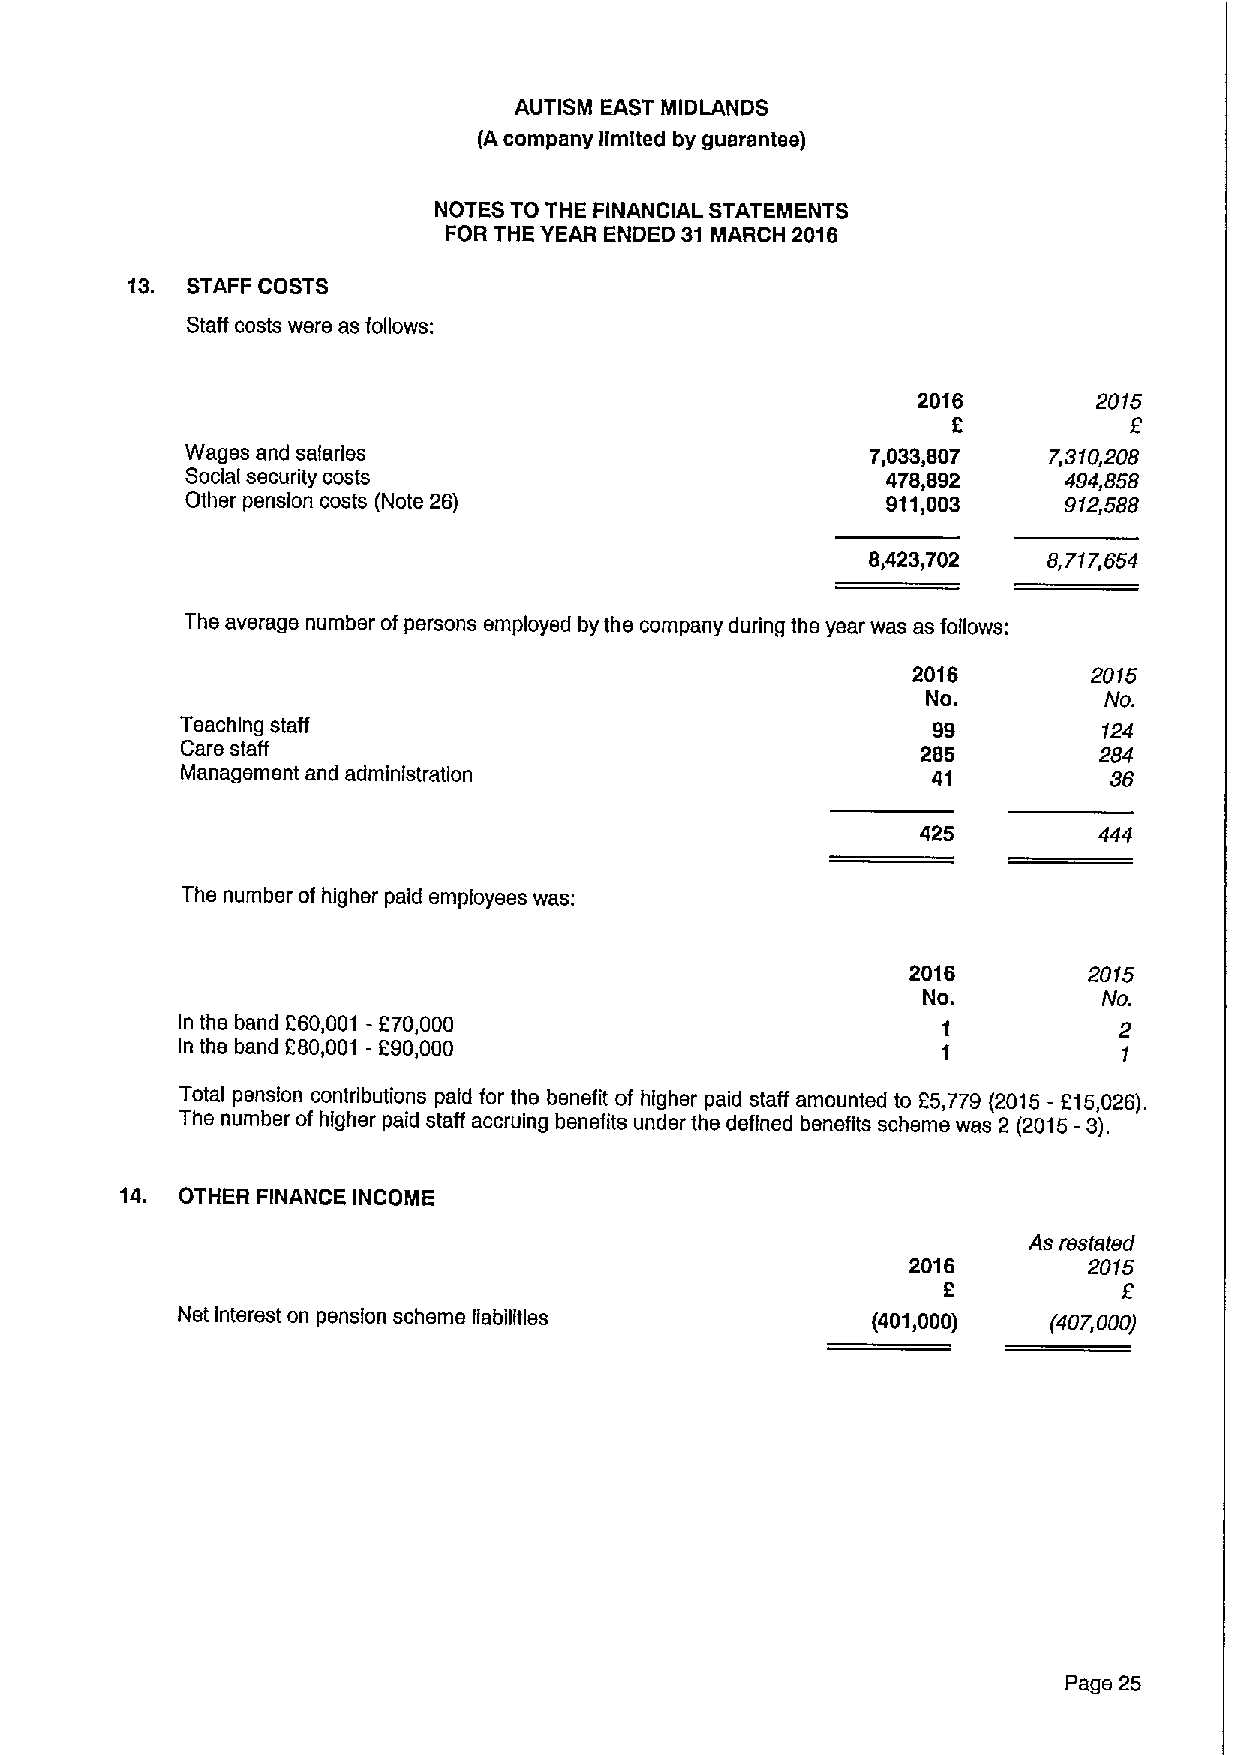
AUTISM EAST MIDLANDS
 (Acompany limited by guarantee)
 NOTES TO THE FINANCIAL STATEMENTS
 FOR THE YEAR ENDED 31 MARCH 2016
 13. STAFF COSTS
 Staff costs were as follows:
 2016        2015
 2
 Wages and salaries                            7,033,807  7,310,208
 Social security costs                          478,892    494,858
 Other pension costs (Note 26)                  911,003    912,588
 8,423,702  8,717,854
 The average number of persons employed by the company during the year was as follows:
 2016        2015
 No.         No.
 Teaching staff                                    99         124
 Care staff                                       285         284
 Management and administration                     41         36
 425         444
 The number of higher paid employees was:
 2016        2015
 No.         No.
 In the band 260,001 -270,000                      1           2
 In the band 280,001 - 290,000                     1
 Total pension contributions paid for the benefit of higher paid staff amounted to 25,779 (2015- f I5,026).
 The number of higher paid staff accruing benefits under the defined benefits scheme was 2 (2015-3).
 14. OTHER FINANCE INCOME
 As restated
 2016        2015
 2
 Net Interest on pension scheme liabilities    (401,000)   (407,000)
 Page 25